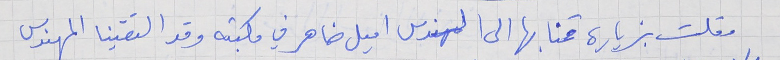
وقلت بزيارة قمنا بها الى المهندس اميل ضاهر في مكبته وقد التقينا المهندس